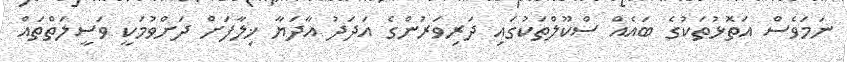
ނަމަވެސް އަތޮޅުތަކުގެ ބައެއް ސްކޫލްތަކުގައި ދަރިވަރުންގެ އަދަދު އާދަޔާ ޚިލާފަށް ދަށްވުމަކީ ވަސީލަތްތައް